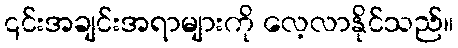
၎င်းအချင်းအရာများကို လေ့လာနိုင်သည်။